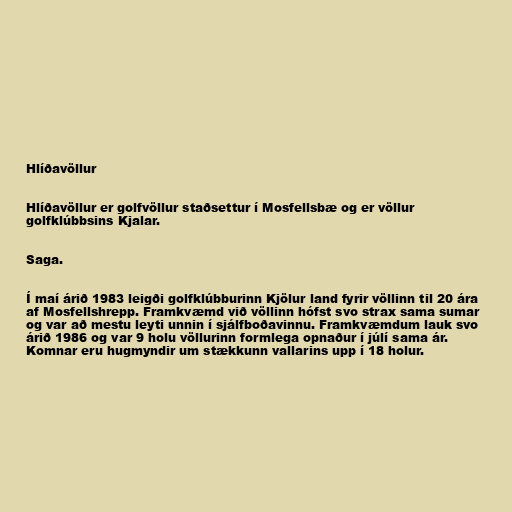
Hlíðavöllur

Hlíðavöllur er golfvöllur staðsettur í Mosfellsbæ og er völlur
golfklúbbsins Kjalar.

Saga.

Í maí árið 1983 leigði golfklúbburinn Kjölur land fyrir völlinn til 20 ára
af Mosfellshrepp. Framkvæmd við völlinn hófst svo strax sama sumar
og var að mestu leyti unnin í sjálfboðavinnu. Framkvæmdum lauk svo
árið 1986 og var 9 holu völlurinn formlega opnaður í júlí sama ár.
Komnar eru hugmyndir um stækkunn vallarins upp í 18 holur.